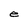
Character: e